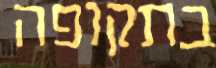
בתקופה